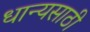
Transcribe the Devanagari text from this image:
धान्यसाठी